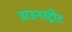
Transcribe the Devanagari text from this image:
डाउनस्ट्रीट